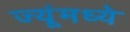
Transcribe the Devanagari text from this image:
ज्यूंमध्ये